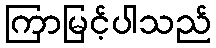
ကြာမြင့်ပါသည်